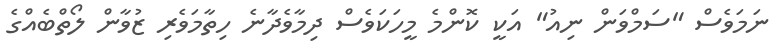
ނަމަވެސް "ސަމްވަން ނިއު" އަކީ ކޮންމެ މީހަކަވެސް ދިމާވެދާނެ ހިތާމަވެރި ޒުވާން ލޯތްބެއްގެ